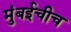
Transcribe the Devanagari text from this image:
मुंबईचीच